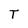
Character: T